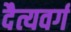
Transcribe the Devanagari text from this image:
दैत्यवर्ग